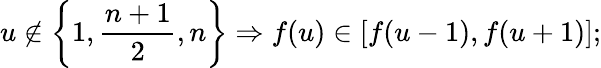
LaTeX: u\not\in\left\{ 1,\frac{n+1}2,n\right\} \Rightarrow f(u)\in[f(u-1),f(u+1)];